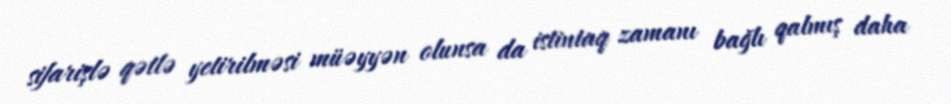
sifarişlə qətlə yetirilməsi müəyyən olunsa da istintaq zamanı bağlı qalmış daha